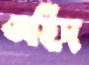
অহিদ